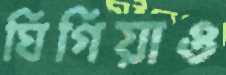
ঘিগিয়াও